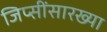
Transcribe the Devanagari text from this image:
जिप्सींसारख्या